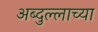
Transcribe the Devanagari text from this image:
अब्दुल्लाच्या